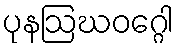
ပုနဩဃဝဂ္ဂေါ